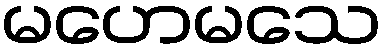
မဟေမသေ